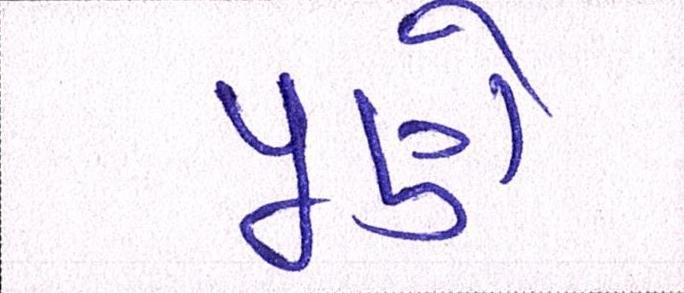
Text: પૂણે